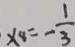
x _ { 8 } = - \frac { 1 } { 3 }